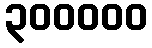
၃၀၀၀၀၀